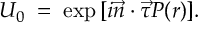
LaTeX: U _ { 0 } \; = \; \exp { [ i \vec { n } \cdot \vec { \tau } P ( r ) ] } .